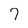
Character: 7